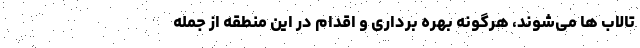
تالاب ها می‌شوند، هرگونه بهره برداری و اقدام در این منطقه از جمله